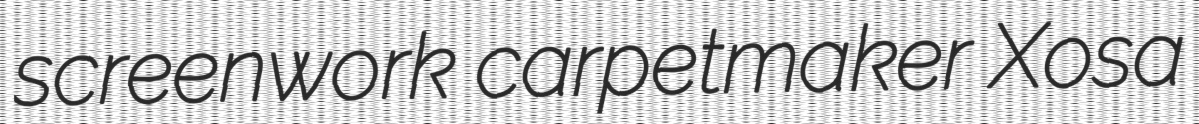
screenwork carpetmaker Xosa